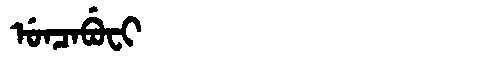
Manchu: ᡠᠨᠴᠠᠪᡠᠸᡳ
Romanization: UNCABUFI